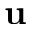
{ \mathbf u }